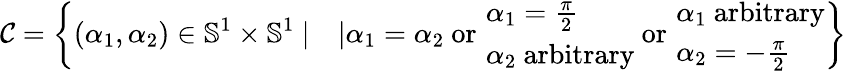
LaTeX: \mathcal{C}=\left\{ (\alpha_{1},\alpha_{2})\in\mathbb{S}^{1}\times\mathbb{S}^{1}\ |\quad|\alpha_{1}=\alpha_{2}\mathrm{~or~}\ \begin{array}{l}{\! \alpha_{1}=\frac{\pi}{2}}\\ {\! \alpha_{2}\mathrm{~arbitrary}}\end{array}\mathrm{~or~}\ \begin{array}{l}{\! \alpha_{1}\mathrm{~arbitrary}}\\ {\! \alpha_{2}=-\frac{\pi}{2}}\end{array}\right\}